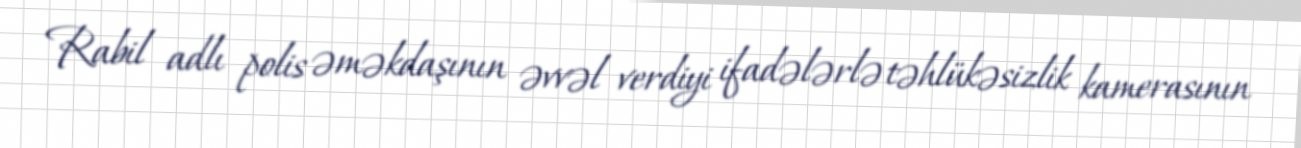
Rabil adlı polis əməkdaşının əvvəl verdiyi ifadələrlə təhlükəsizlik kamerasının